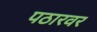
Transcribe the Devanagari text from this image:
पठारवर